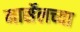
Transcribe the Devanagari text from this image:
मार्सेलच्या